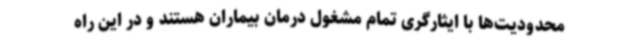
محدودیت‌ها با ایثارگری تمام مشغول درمان بیماران هستند و در این راه